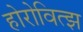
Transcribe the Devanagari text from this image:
होरोवित्झ